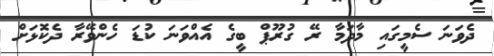
ދެވަނަ ސެމީގައި މާދަމާ ރޭ ގުރޫޕް ބީގެ އެއްވަނަ ކުޑަ ހެންވޭރާ ދެކޮޅަށް